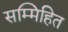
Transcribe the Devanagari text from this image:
सम्मिहित